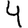
Digit: 4